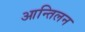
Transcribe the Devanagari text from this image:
आन्तिलन